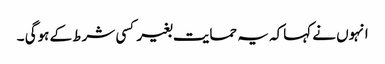
انہوں نے کہاکہ یہ حمایت بغیر کسی شرط کے ہوگی ۔